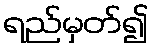
ရည်မှတ်၍